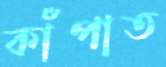
কাঁপাত